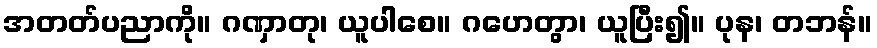
အတတ်ပညာကို။ ဂဏှာတု၊ ယူပါစေ။ ဂဟေတွာ၊ ယူပြီး၍။ ပုန၊ တဘန်။